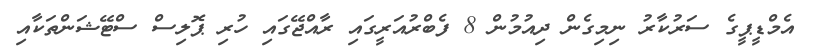
އެމްޑީޕީގެ ސަރުކާރު ނިމިގެން ދިއުމުން 8 ފެބްރުއަރީގައި ރާއްޖޭގައި ހުރި ޕޮލިސް ސްޓޭޝަންތަކާއި